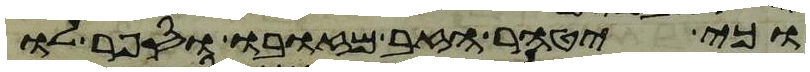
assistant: וכי יטהר הזב מזובו וספר לו